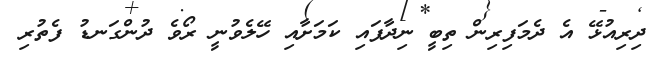
ދިރިއުޅޭ އެ ދެމަފިރިން ތިބީ ނިދާފައި ކަމަށާއި ހޭލެވުނީ ރޯވެ ދުންގަނޑު ފެތުރި